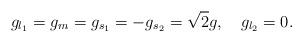
LaTeX: \begin{align*}g_{l_1}=g_{m}=g_{s_1}=-g_{s_2}=\sqrt2g,\quad g_{l_2}=0.\end{align*}